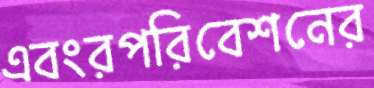
এবংরপরিবেশনের